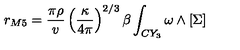
r _ { M 5 } = \frac { \pi \rho } { v } \left( \frac { \kappa } { 4 \pi } \right) ^ { 2 / 3 } \beta \int _ { C Y _ { 3 } } \omega \wedge [ \Sigma ]